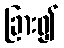
ခြား၍